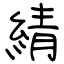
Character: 綪